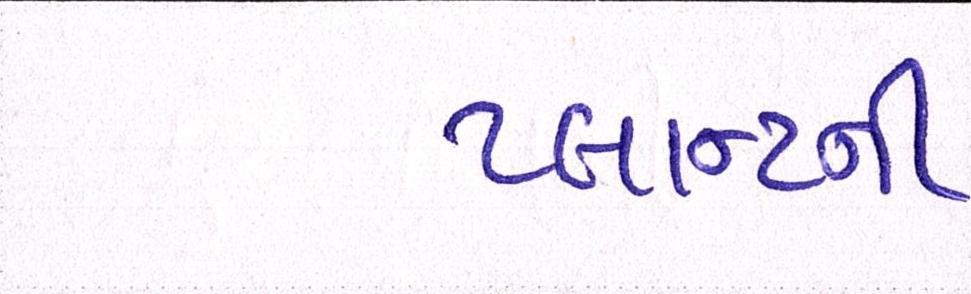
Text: પ્લાન્ટની